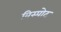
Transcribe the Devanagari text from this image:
विस्पोट